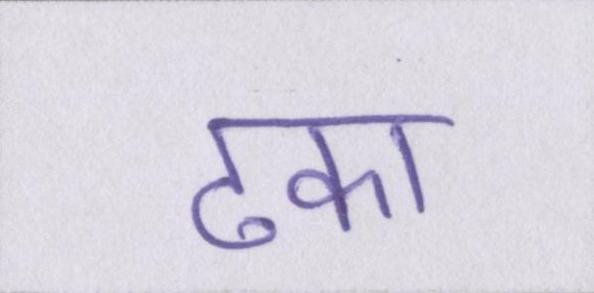
ढका